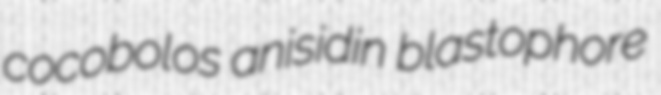
cocobolos anisidin blastophore